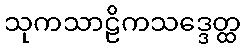
သုကသာဠိကသဒ္ဒေတ္ထ